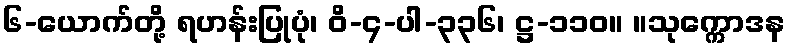
၆-ယောက်တို့ ရဟန်းပြုပုံ၊ ဝိ-၄-ပါ-၃၃၆၊ ဋ္ဌ-၁၁၀။ ။သုက္ကောဒန